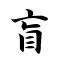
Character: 盲